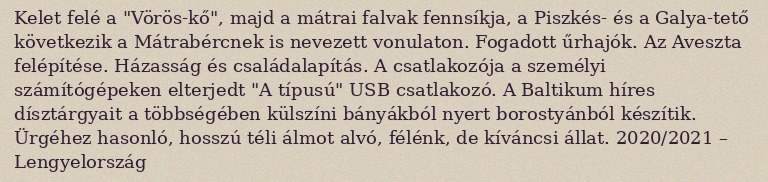
Kelet felé a "Vörös-kő", majd a mátrai falvak fennsíkja, a Piszkés- és a Galya-tető következik a Mátrabércnek is nevezett vonulaton. Fogadott űrhajók. Az Aveszta felépítése. Házasság és családalapítás. A csatlakozója a személyi számítógépeken elterjedt "A típusú" USB csatlakozó. A Baltikum híres dísztárgyait a többségében külszíni bányákból nyert borostyánból készítik. Ürgéhez hasonló, hosszú téli álmot alvó, félénk, de kíváncsi állat. 2020/2021 – Lengyelország